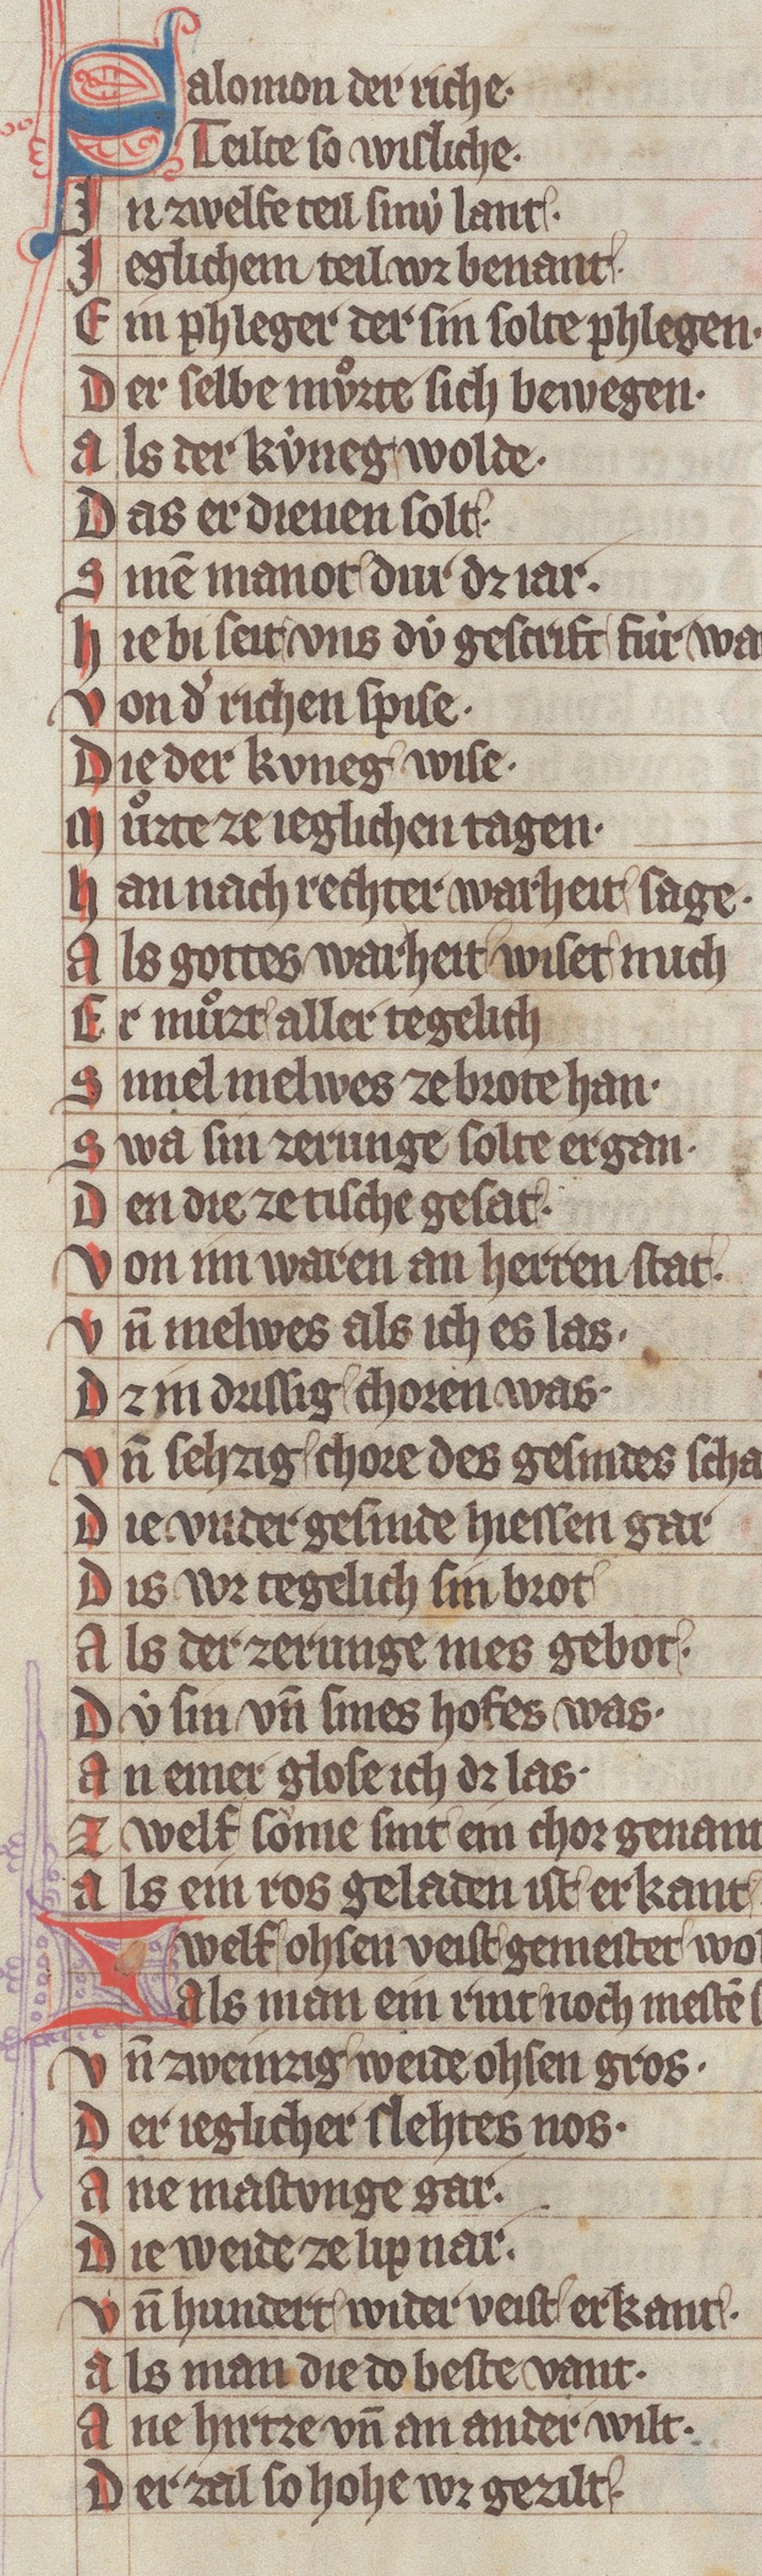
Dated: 1340–1350